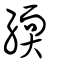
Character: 緛